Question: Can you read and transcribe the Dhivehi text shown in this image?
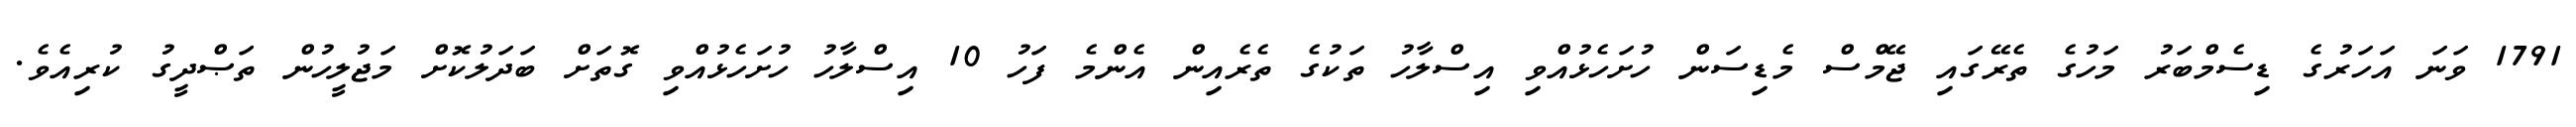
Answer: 1791 ވަނަ އަހަރުގެ ޑިސެމްބަރު މަހުގެ ތެރޭގައި ޖޭމްސް މެޑިސަން ހުށަހެޅުއްވި އިސްލާހު ތަކުގެ ތެރެއިން އެންމެ ފަހު 10 އިސްލާހު ހުށަހެޅުއްވި ގޮތަށް ބަދަލުކޮށް މަޖުލީހުން ތަޞްދީގު ކުރިއެވެ.